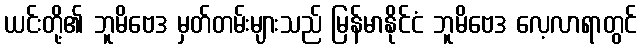
ယင်းတို့၏ ဘူမိဗေဒ မှတ်တမ်းများသည် မြန်မာနိုင်ငံ ဘူမိဗေဒ လေ့လာရာတွင်